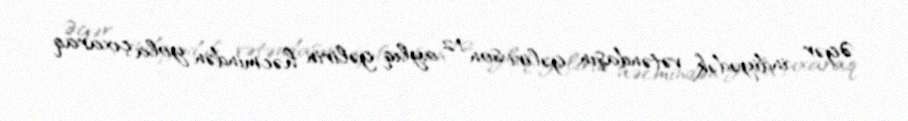
Əgər indiyədək vətəndaşın gəliri son 12 aylıq gəlirin həcmindən yola çıxaraq